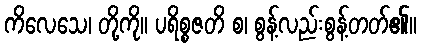
ကိလေသေ၊ တို့ကို။ ပရိစ္စဇတိ စ၊ စွန့်လည်းစွန့်တတ်၏။